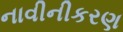
નાવીનીકરણ